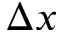
\Delta x